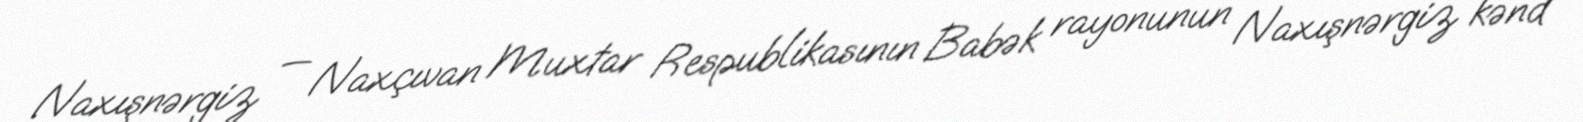
Naxışnərgiz — Naxçıvan Muxtar Respublikasının Babək rayonunun Naxışnərgiz kənd